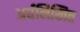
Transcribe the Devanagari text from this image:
अर्धलिखित